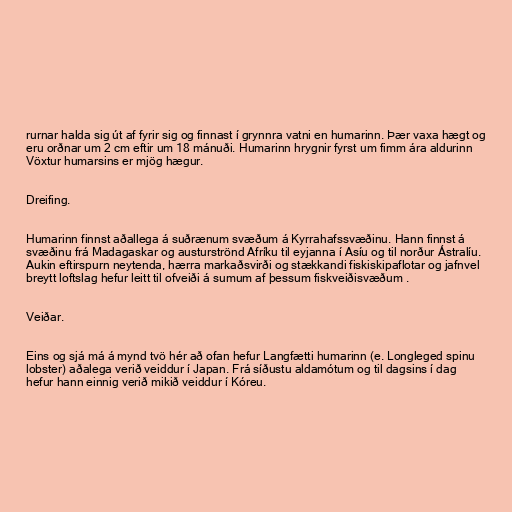
rurnar halda sig út af fyrir sig og finnast í grynnra vatni en humarinn. Þær vaxa hægt og
eru orðnar um 2 cm eftir um 18 mánuði. Humarinn hrygnir fyrst um fimm ára aldurinn
Vöxtur humarsins er mjög hægur.

Dreifing.

Humarinn finnst aðallega á suðrænum svæðum á Kyrrahafssvæðinu. Hann finnst á
svæðinu frá Madagaskar og austurströnd Afríku til eyjanna í Asíu og til norður Ástralíu.
Aukin eftirspurn neytenda, hærra markaðsvirði og stækkandi fiskiskipaflotar og jafnvel
breytt loftslag hefur leitt til ofveiði á sumum af þessum fiskveiðisvæðum .

Veiðar.

Eins og sjá má á mynd tvö hér að ofan hefur Langfætti humarinn (e. Longleged spinu
lobster) aðalega verið veiddur í Japan. Frá síðustu aldamótum og til dagsins í dag
hefur hann einnig verið mikið veiddur í Kóreu.